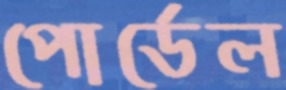
পোর্ডেল